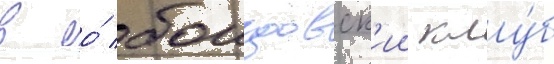
в ео́ боицовск'ии клу́б